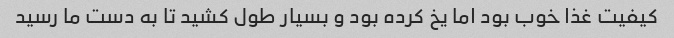
کیفیت غذا خوب بود اما یخ کرده بود و بسیار طول کشید تا به دست ما رسید